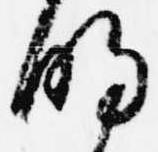
明